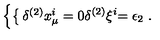
\left\{ \begin{cases} { \delta ^ { ( 2 ) } x _ { \mu } ^ { i } } & { = 0 } \\ { \delta ^ { ( 2 ) } \xi ^ { i } } & { = \epsilon _ { 2 } } \\ \end{cases} \right. .